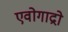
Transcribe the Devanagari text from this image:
एवोगाद्रो